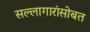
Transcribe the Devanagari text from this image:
सल्लागारांसोबत